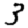
Digit: 3